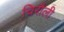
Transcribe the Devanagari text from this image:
चिरौली